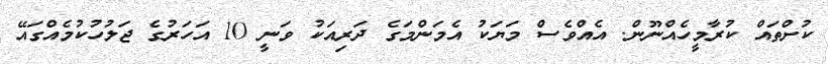
ކުށްތައް ކުރާމީހެއްނޫން. އެއްވެސް މަޔަކު އެމަންމަގެ ދަރިއަކު ވަނީ 10 އަހަރުގެ ޖަލުހުކުމެއްގައޭ